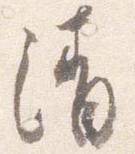
清